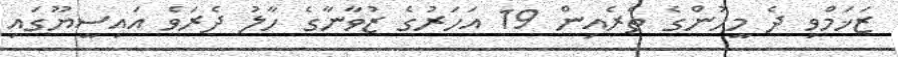
ޒަޚަމްވި ދެ މީހުންގެ ތެރެއިން 19 އަހަރުގެ ޒުވާނާގެ ހާލު ދެރަވެ އައިސީޔޫގައި